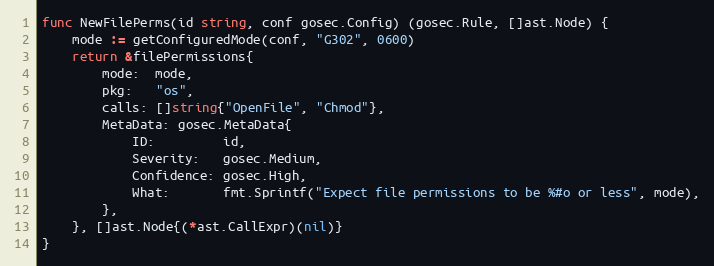
Language: Go
func NewFilePerms(id string, conf gosec.Config) (gosec.Rule, []ast.Node) {
	mode := getConfiguredMode(conf, "G302", 0600)
	return &filePermissions{
		mode:  mode,
		pkg:   "os",
		calls: []string{"OpenFile", "Chmod"},
		MetaData: gosec.MetaData{
			ID:         id,
			Severity:   gosec.Medium,
			Confidence: gosec.High,
			What:       fmt.Sprintf("Expect file permissions to be %#o or less", mode),
		},
	}, []ast.Node{(*ast.CallExpr)(nil)}
}